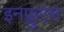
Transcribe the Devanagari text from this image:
इनफ्लुएंस